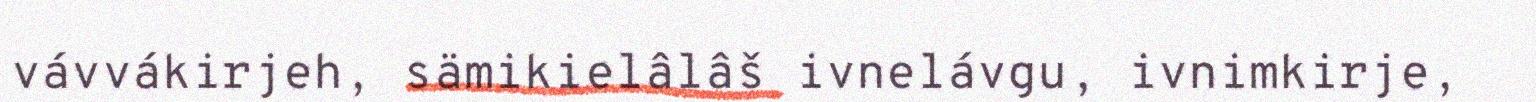
vávvákirjeh, sämikielâlâš ivnelávgu, ivnimkirje,